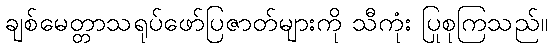
ချစ်မေတ္တာသရုပ်ဖော်ပြဇာတ်များကို သီကုံး ပြုစုကြသည်။